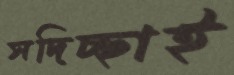
সদিচ্ছাই